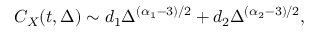
C _ { X } ( t , \Delta ) \sim d _ { 1 } \Delta ^ { ( \alpha _ { 1 } - 3 ) / 2 } + d _ { 2 } \Delta ^ { ( \alpha _ { 2 } - 3 ) / 2 } ,